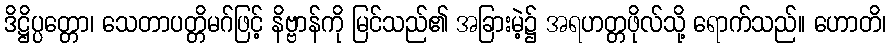
ဒိဋ္ဌိပ္ပတ္တော၊ သေတာပတ္တိမဂ်ဖြင့် နိဗ္ဗာန်ကို မြင်သည်၏ အခြားမဲ့၌ အရဟတ္တဖိုလ်သို့ ရောက်သည်။ ဟောတိ၊